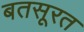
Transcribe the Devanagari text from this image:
बतसूरत